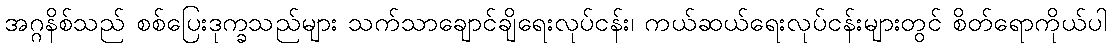
အဂ္ဂနိစ်သည် စစ်ပြေးဒုက္ခသည်များ သက်သာချောင်ချိရေးလုပ်ငန်း၊ ကယ်ဆယ်ရေးလုပ်ငန်းများတွင် စိတ်ရောကိုယ်ပါ